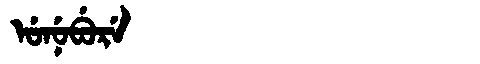
Manchu: ᡠᠨᡠᠪᡠᡵᡝ
Romanization: UNUBURE